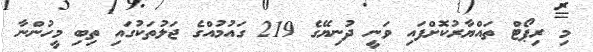
މި ރިޕޯޓް ތައްޔާރުކޮށްފައި ވަނީ ދުނިޔޭގެ 219 ގައުމުއްގެ ޖަލުތަކުގައި ތިބި މީހުންނާ